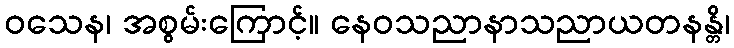
ဝသေန၊ အစွမ်းကြောင့်။ နေဝသညာနာသညာယတနန္တိ၊